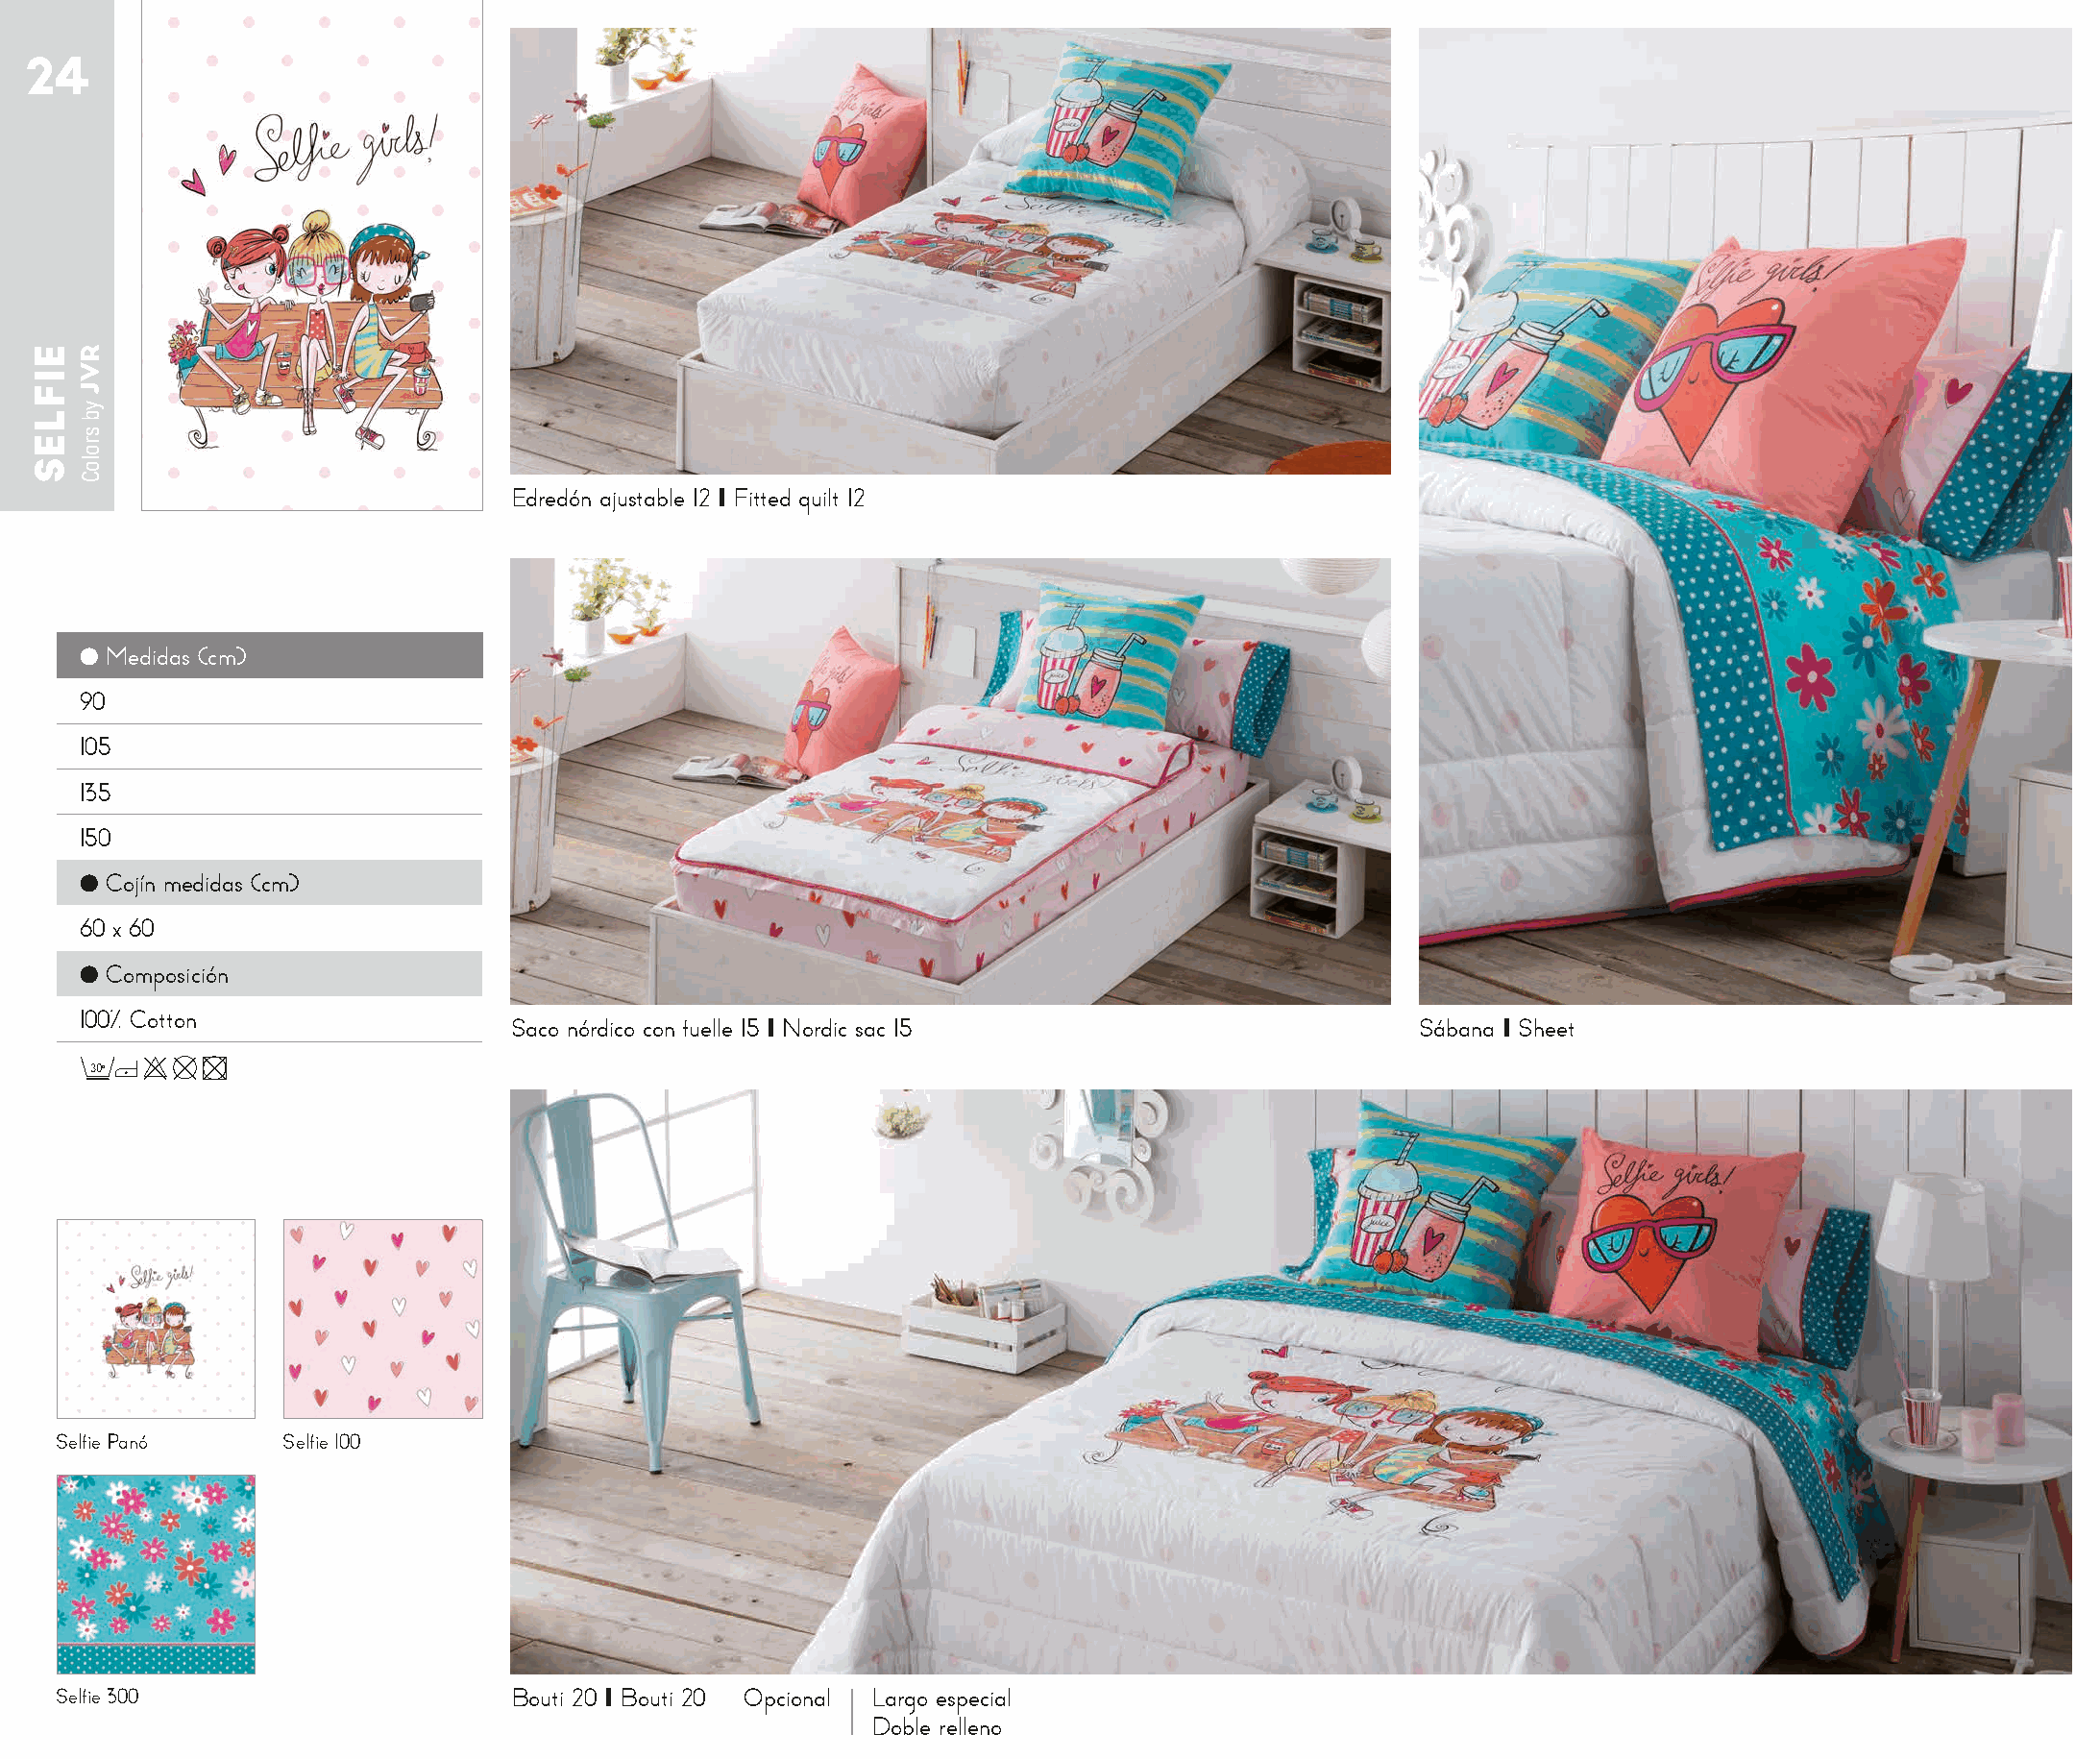
24
 Edredón ajustable 12 I Fitted quilt 12
 ● Medidas (cm)
 90
 105
 135
 150
 ● Cojín medidas (cm)
 60 x 60
 ● Composición
 100% Cotton
 Saco nórdico con fuelle 15 I Nordic sac 15                     Sábana I Sheet
 30o
 Selfie Panó    Selfie 100
 Selfie 300                     Bouti 20 I Bouti 20 Opcional Largo especial
 Doble relleno
 EIFLES RVJ
 yb
 sroloC